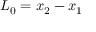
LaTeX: L _ { 0 } = x _ { 2 } - x _ { 1 }